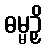
ဓမ္မဉှိ